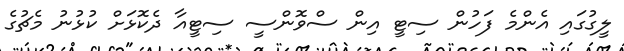
ލީގުގައި އެންމެ ފަހުން ސިޓީ އިން ސްވޮންސީ ސިޓީއާ ދެކޮޅަށް ކުޅުނު މެޗުގެ